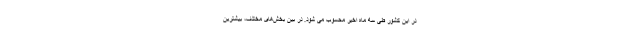
در این کشور طی سه ماه اخیر محسوب می شود. در بین بخش‌های مختلف، بیشترین